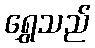
ရွှေသည်